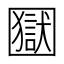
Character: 𡈭